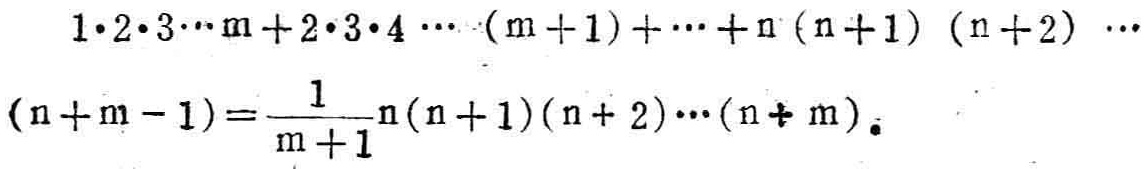
\(1\cdot2\cdot3\cdots m + 2\cdot3\cdot4\cdots(m + 1)+\cdots + n(n + 1)(n + 2)\cdots(n + m - 1)=\frac{1}{m + 1}n(n + 1)(n + 2)\cdots(n + m)\)